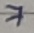
Text: 7